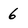
Character: 6